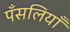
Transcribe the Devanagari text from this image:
पँसलियाँ